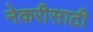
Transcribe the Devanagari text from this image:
नेकरीसाठी